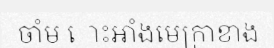
ចាំម ោះអាំងមេក្រាខាង